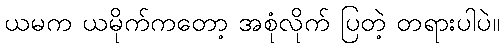
ယမက ယမိုက်ကတော့ အစုံလိုက် ပြတဲ့ တရားပါပဲ။